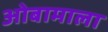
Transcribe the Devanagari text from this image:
ओबामाला